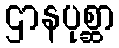
ဌာနပုစ္ဆာ